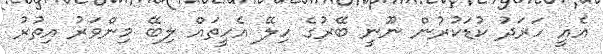
އެއީ ހަރަދު ކުޑަކުރުން ނޫނީ ބޭރުގެ ހިލޭ އެހީތައް ލިބޭ މިންވަރު އިތުރު